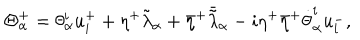
LaTeX: \Theta _ { \alpha } ^ { + } = \theta _ { \alpha } ^ { i } u _ { i } ^ { + } + \eta ^ { + } \tilde { \lambda } _ { \alpha } + { \bar { \eta } } ^ { + } { \bar { \tilde { \lambda } } } _ { \alpha } - i \eta ^ { + } { \bar { \eta } } ^ { + } { \dot { \theta } } _ { \alpha } ^ { i } u _ { i } ^ { - } ,